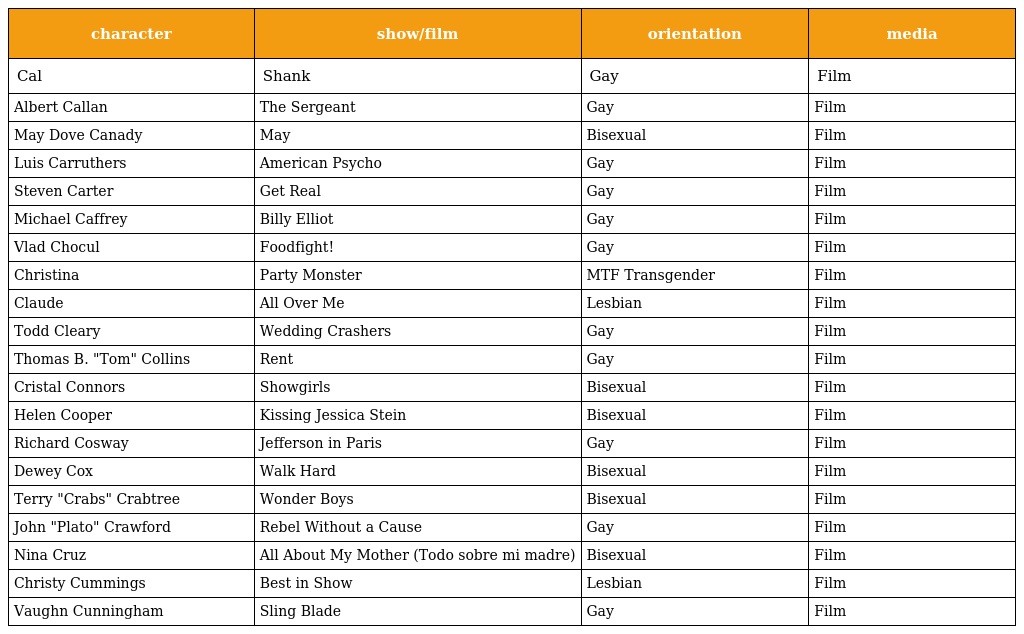
| character | show/film | orientation | media |
 | --- | --- | --- | --- |
 | Cal | Shank | Gay | Film |
 | Albert Callan | The Sergeant | Gay | Film |
 | May Dove Canady | May | Bisexual | Film |
 | Luis Carruthers | American Psycho | Gay | Film |
 | Steven Carter | Get Real | Gay | Film |
 | Michael Caffrey | Billy Elliot | Gay | Film |
 | Vlad Chocul | Foodfight! | Gay | Film |
 | Christina | Party Monster | MTF Transgender | Film |
 | Claude | All Over Me | Lesbian | Film |
 | Todd Cleary | Wedding Crashers | Gay | Film |
 | Thomas B. "Tom" Collins | Rent | Gay | Film |
 | Cristal Connors | Showgirls | Bisexual | Film |
 | Helen Cooper | Kissing Jessica Stein | Bisexual | Film |
 | Richard Cosway | Jefferson in Paris | Gay | Film |
 | Dewey Cox | Walk Hard | Bisexual | Film |
 | Terry "Crabs" Crabtree | Wonder Boys | Bisexual | Film |
 | John "Plato" Crawford | Rebel Without a Cause | Gay | Film |
 | Nina Cruz | All About My Mother (Todo sobre mi madre) | Bisexual | Film |
 | Christy Cummings | Best in Show | Lesbian | Film |
 | Vaughn Cunningham | Sling Blade | Gay | Film |